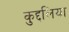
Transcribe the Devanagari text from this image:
कुद्दलिया